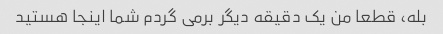
بله، قطعا من یک دقیقه دیگر برمی گردم شما اینجا هستید